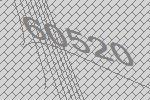
60520